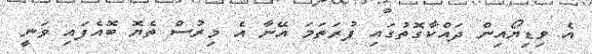
އެ ވިޑިޔޯއިން ދައްކާގޮތުގައި ފުރަތަމަ އޭނާ އެ މިރުސް ތެޔޮ ބޮއެފައި ވަނީ